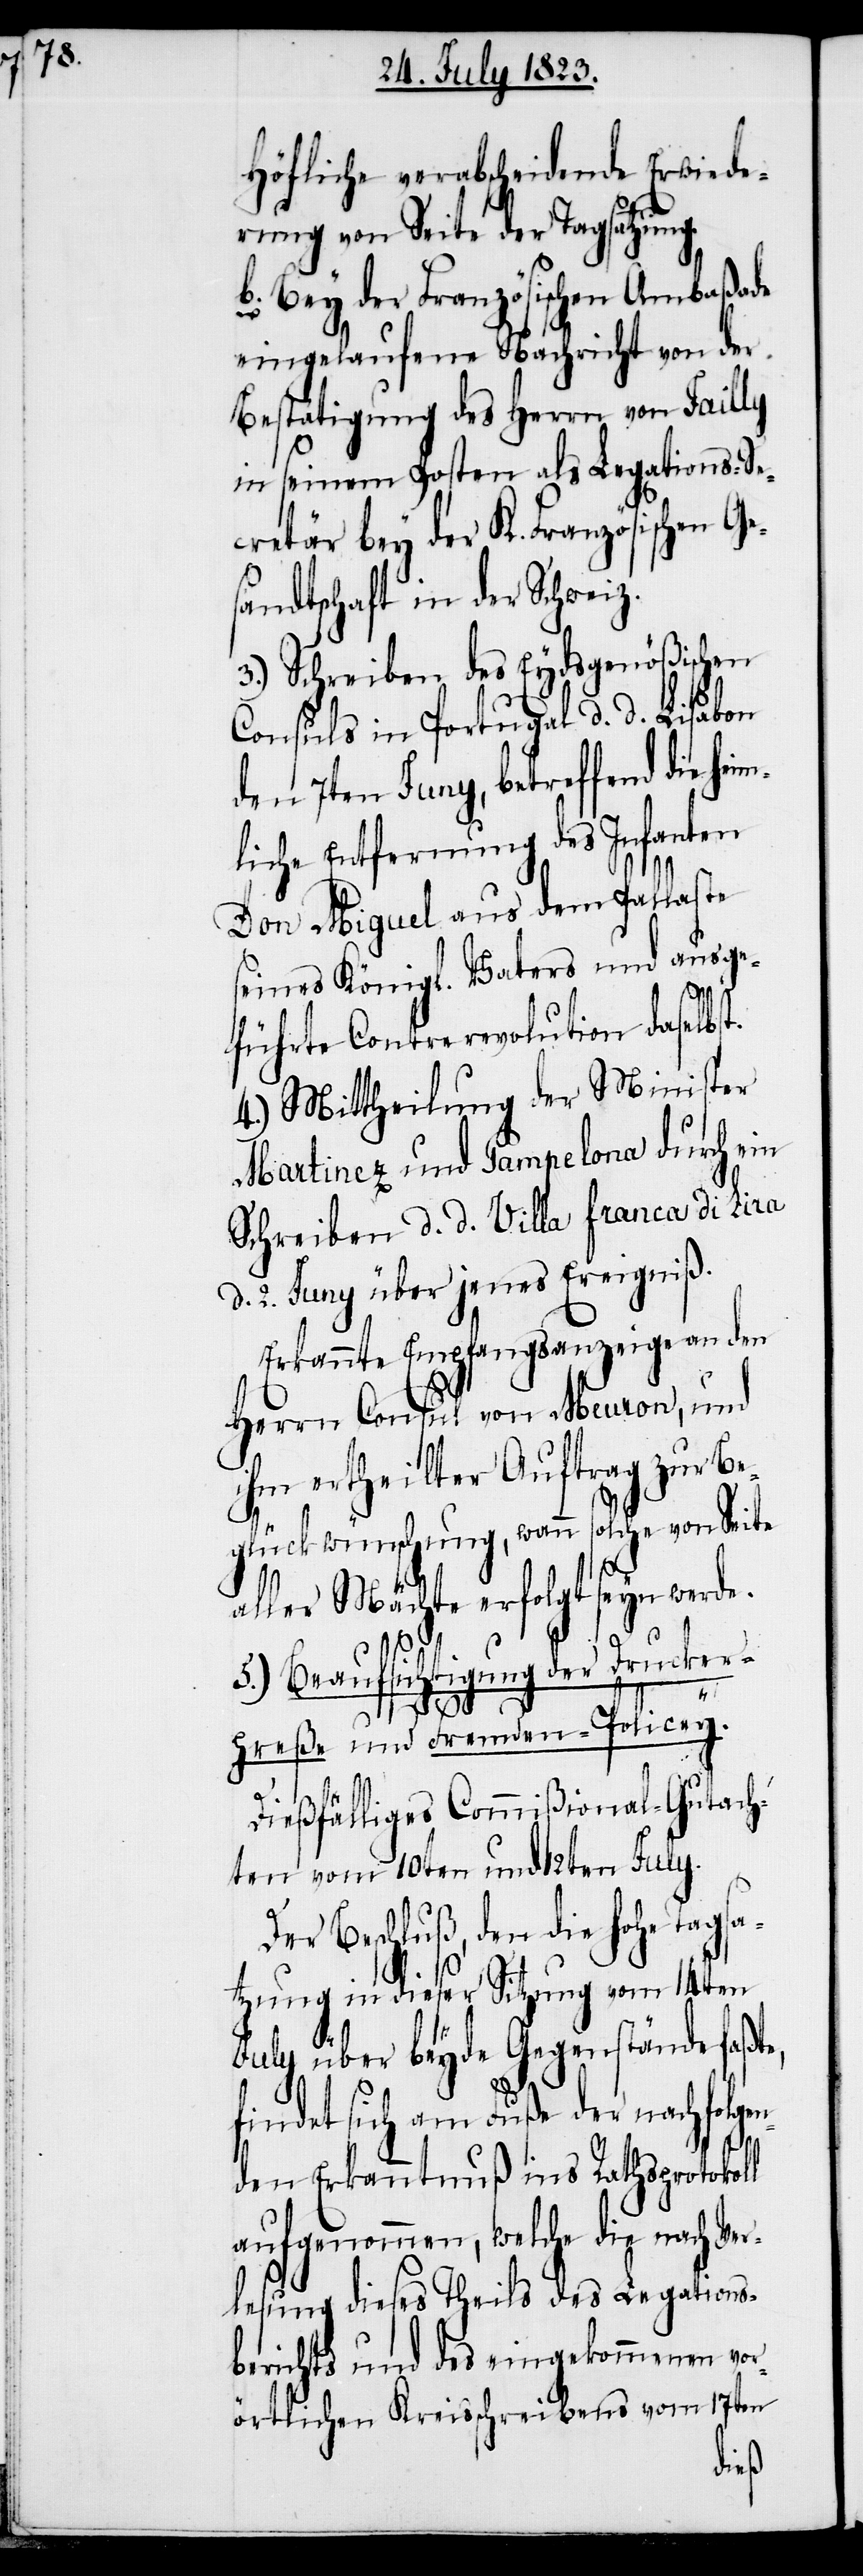
Höfliche verabscheidende Erwiede¬
rung von Seite der Tagsatzung.
b. Bey der Französischen Ambaßade
eingelaufene Nachricht von der
Bestätigung des Herrn von Failly
in seinem Posten als Legations-Se¬
cretär bey der K. Französischen G¬
sandtschaft in der Schweiz.
3.) Schreiben des Eydsgenößischen
D¬
Consuls in Portugal d. d. Lisabon
den 7ten Juny, betreffend die he¬
liche Entfernung des Infanten
Don Miguel aus dem Pallaste
seines Königl. Vaters und ausge¬
führte Contrerevolution daselbst.
4.) Mittheilung der Minister
Martinez und Pampelona durch ein
Schreiben d. d. Villa franca di Lira
d. 2. Juny über jenes Ereigniß.
Erkannte Empfangsanzeige an den
Herrn Consul von Meuron, und
ihm ertheilter Auftrag zur Be¬
glückwünschung, wann solche von Seite
aller Mächte erfolgt seyn werde.
Tagsa¬
5.) Beaufsichtigung der Drucker¬
im¬
preße und Fremden-Policey.
Dießfälliges Commißional-Gutach¬
ten vom 10ten und 12ten July.
er Beschluß, den die hohe
tzung in dieser Sitzung vom 14ten
July über beyde Gegenstände faßte,
findet sich am Fuße der nachfolgen¬
den Erkanntnuß ins Rathsprotokoll
aufgenommen, welche die nach Ver¬
lesung dieses Theils des Legations¬
berichts und des eingekommenen vor¬
örtlichen Kreisschreibens vom 17ten